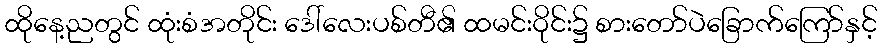
ထိုနေ့ညတွင် ထုံးစံအတိုင်း ဒေါ်လေးပစ်တီ၏ ထမင်းဝိုင်း၌ စားတော်ပဲခြောက်ကြော်နှင့်